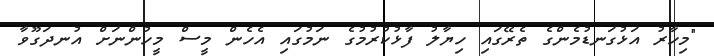
"މިހާރު އަޅުގަނޑުމެންގެ ތެރޭގައި ހިޔާލު ފާޅުކުރުމުގެ ނަމުގައި އެހެން މީސް މީހުންނަށް އުނދަގޫވާ